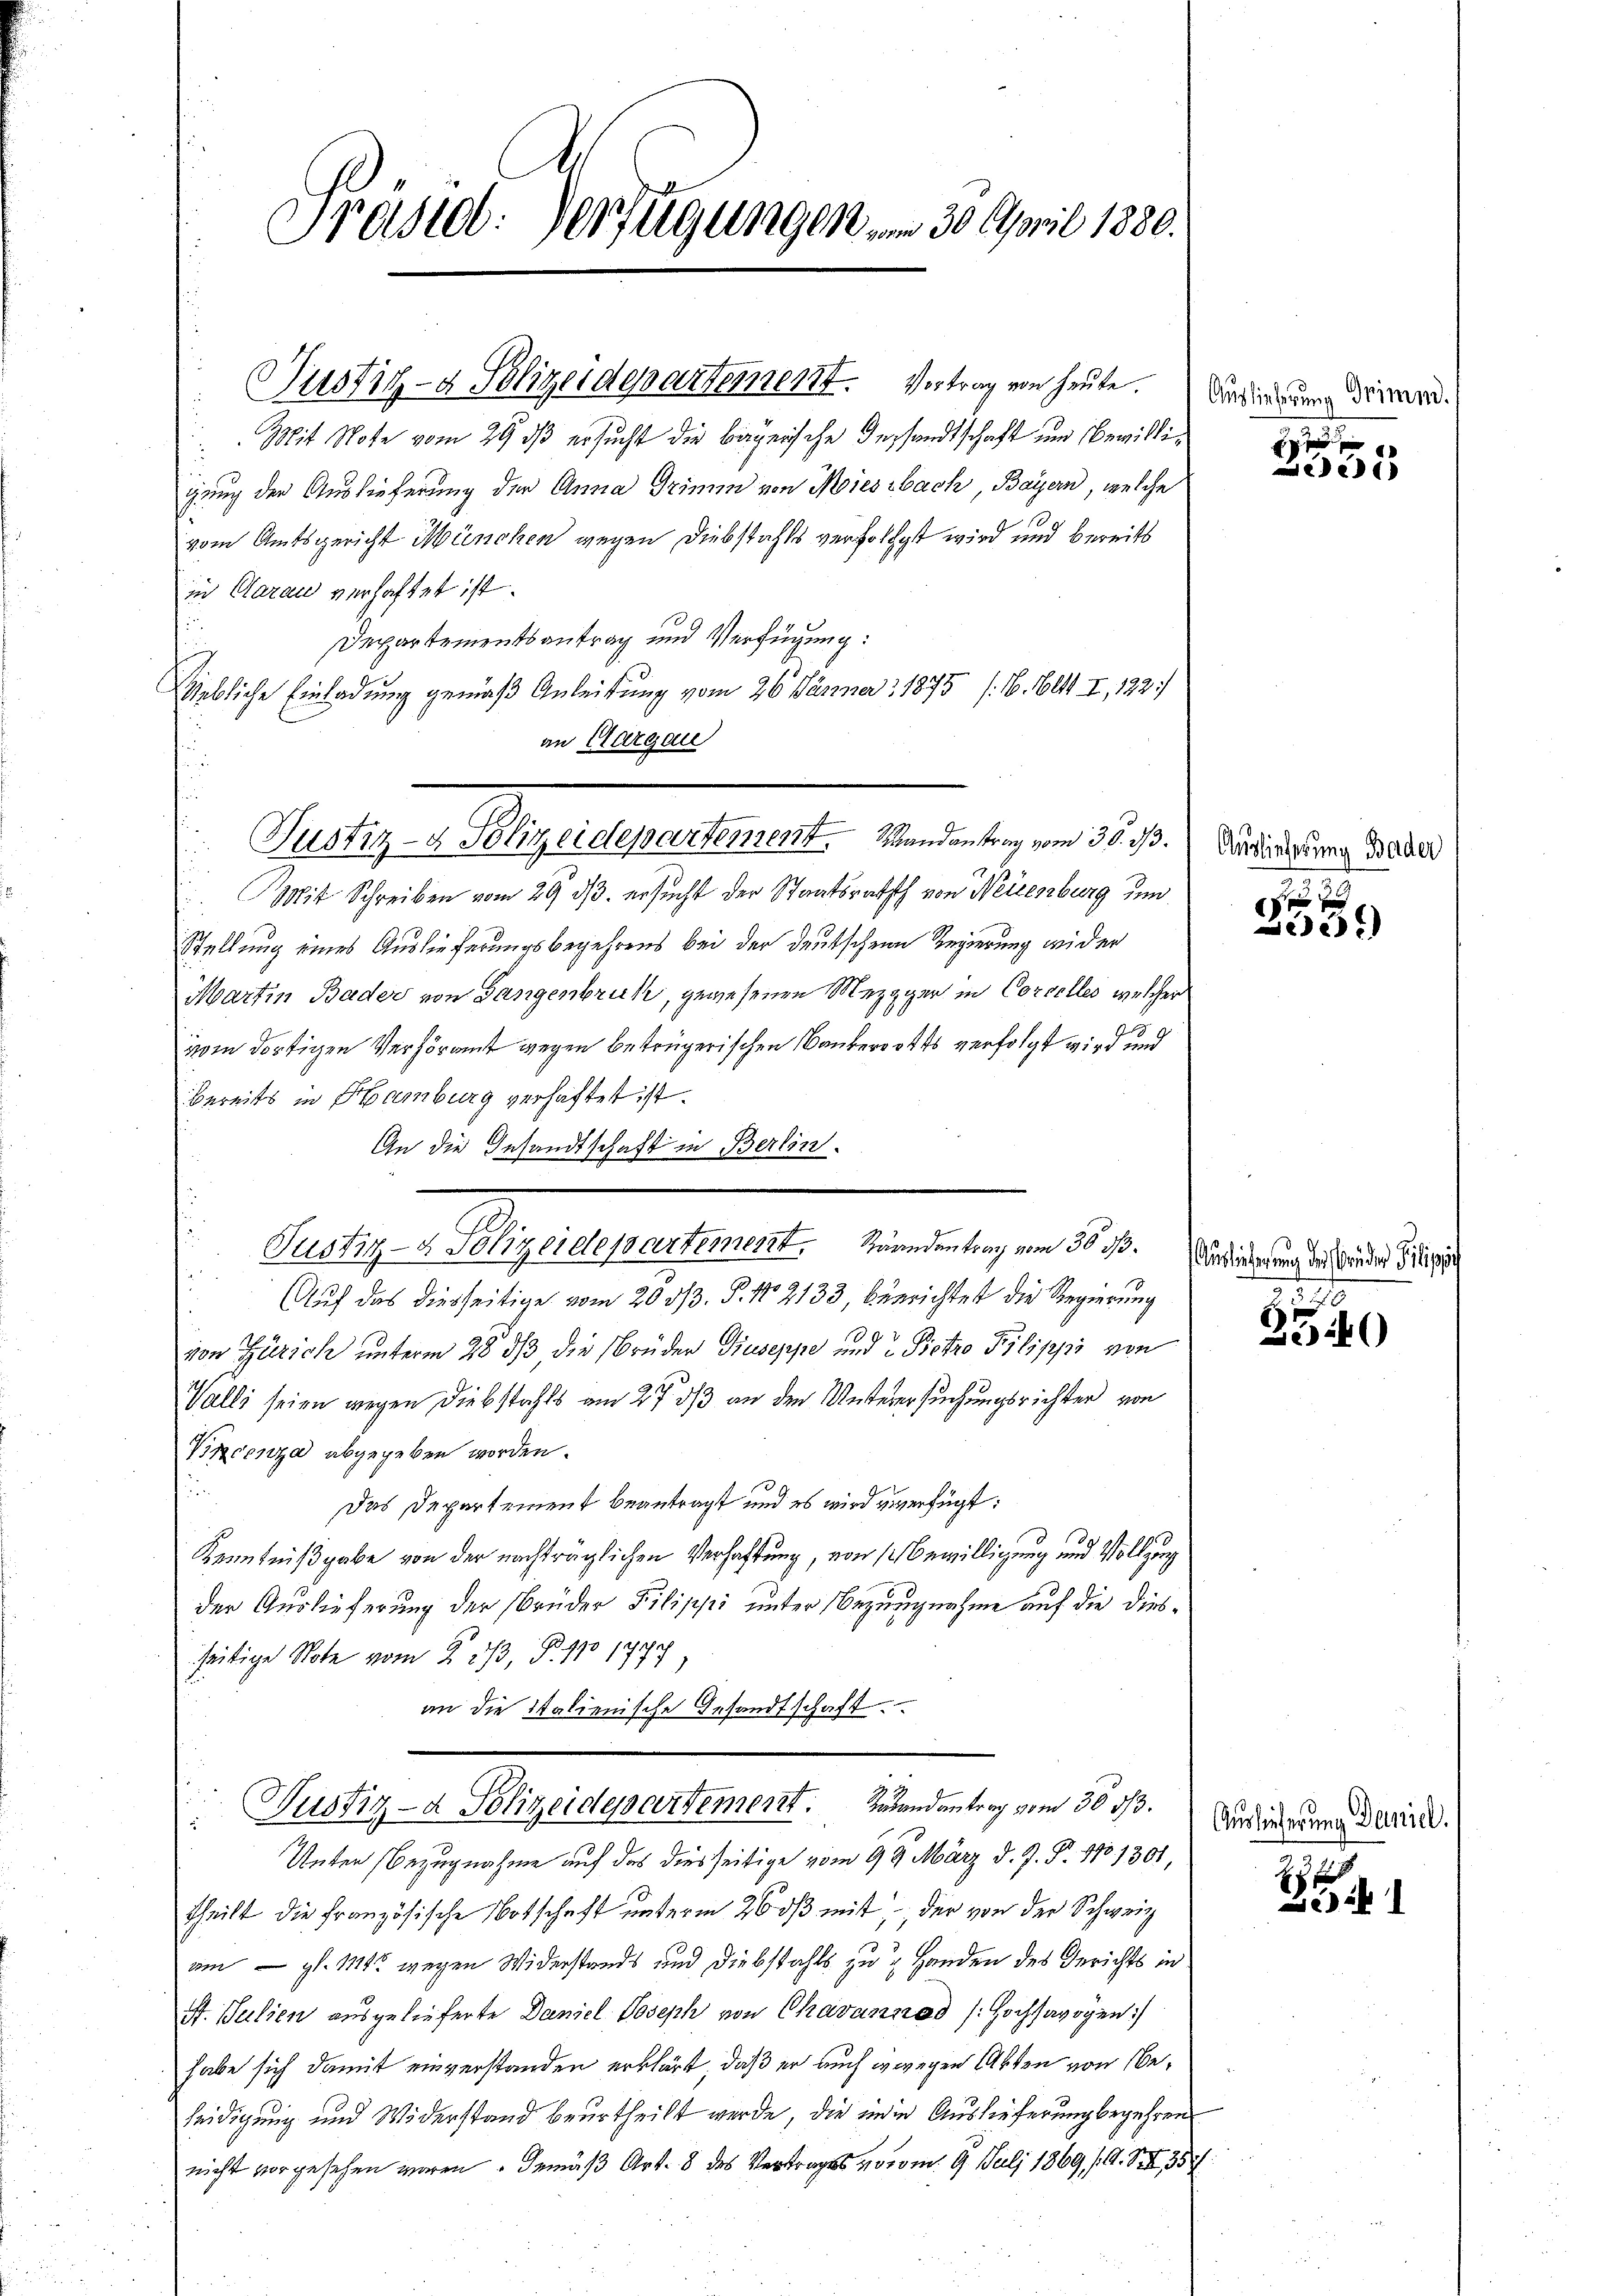
Präsid. Verfügungen um 30 April 1830.

Justiz- & Polizeidepartement. Vertrag von heute. Verdingung dienen.
Mit Note vom 29 dß ersucht die begerische Versandtschaft und Bewilligung der Auslieferung der Anna Grimm von Wiesbach, Bayern, welche
.
vom Amtsgericht München wegen Diebstahls verfolgt wird und bereits
in Clarau verhaftet ist.
Departementsantrag und Verfügung:
Niebliche Einladung gemäß Anleitung vom 26. Jänner 1875 (16. Bett. I, 122)
an Clargau
u
Mit Schreiben vom 29. ds. ersucht der Staatsrathth von Weisenburg und
Stellung eines Auslieferungsbegehrens bei der deutschen Regierung wider
Martin Bader von Gangenbruk, gewesenen Mezgger in Corcelles, welcher
vom dortigen Verhöramt gegen betrügerischen Naukerotts verfolgt wird und
bereits in Hamburg verhaftet ist.
An die Gesandtschaft in Berlin.
Pelligen Beylepartement, in de les er d. h. es der die aus der
Auf das diesseitige vom 20. d. P. 12133, berichtet die Regierung
s
von Zürich unterm 28 dß die Brüder Giuseppe und Pietro Pilippe von
Valli seien wegen Diebstahls am 27 d/3 an den Unterersuchungsrichter von
Vincenza abgegeben worden.
u
Das Departement beantragt und es wird zuverfügt:
Kenntnißgabe von der nachträglichen Verhaftung, von Bewilligung und Vollzung
der Auslieferung der Brüder Pilippi unter Bezugnahme auf die diesseitige Note vom 2. ds, P. 110 1777
an die italienische Gesandtschaft.
Justiz- & Polizeidepartement. Zugandantrag vom 30 1/3.
Unter Bezugnahme auf das diesseitige vom 19. März d. J. P. 1701301,
theilt die französische Botschaft unterm 26. dβ mit der von der Schweiz
am — gl. 111 wegen Widerstands und Diebstahls zu Handen des Gerichts in
St. Julien ausgelieferte Daniel Joseph von Chavannad [Hochsavoyen
habe sich damit einverstanden erklärt, daß er auch wegen Akten von beleidigung und Widerstand beurtheilt werde, die in in Auslieferung begehrens
nicht vorgesehen waren. Gemäß Art. 8 des Vertrages vom 9. Juli 1869 /A. S. 359

Valtige Angelegenheit andelt, in d. d.

e

Auslieferung Bader

¬

218

2540

Auslieferung Daniel.

25 f
Beikl